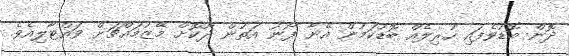
ދޮން ބޮޑުވެފައި ހުރިލެއް ބޮޑުކަމުން އޭނާ ފޯނު އަތުން ދޫކޮށް މޭޒުމައްޗަށް ވައްޓާލިއެވެ.